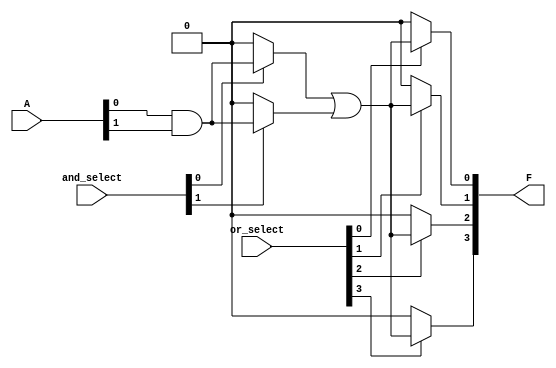
module SPAL #(
    parameter N = 8, // Number of input signals
    parameter M = 4, // Number of output signals
    parameter K = 16 // Number of AND gates
)(
    input  wire [N-1:0] A,          // Input signals
    input  wire [K-1:0] and_select,  // Select lines for AND gates
    input  wire [M-1:0] or_select,   // Select lines for OR gates
    output wire [M-1:0] F            // Output signals
);

// Internal wires for AND gate outputs
wire [K-1:0] and_out;

// Programmable AND Array
genvar i, j;
generate
    for (i = 0; i < K; i = i + 1) begin : and_array
        // Each AND gate is configured based on the and_select signal
        assign and_out[i] = (and_select[i]) ? (A[0] & A[1]) : 1'b0; // Example: AND of A[0] and A[1]
        // Extend this to include more inputs based on your design requirements
    end
endgenerate

// Internal wires for OR gate outputs
wire [M-1:0] or_out;

// Programmable OR Array
generate
    for (j = 0; j < M; j = j + 1) begin : or_array
        // Each OR gate is configured based on the or_select signal
        assign or_out[j] = (or_select[j]) ? (and_out[0] | and_out[1]) : 1'b0; // Example: OR of first two AND outputs
        // Extend this to include more AND outputs based on your design requirements
    end
endgenerate

// Final output assignment
assign F = or_out;

endmodule